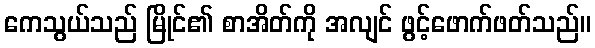
ကေသွယ်သည် မြိုင်၏ စာအိတ်ကို အလျင် ဖွင့်ဖောက်ဖတ်သည်။